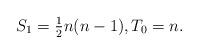
LaTeX: \begin{align*} S_1 = \tfrac{1}{2} n(n-1), T_0 = n.\end{align*}